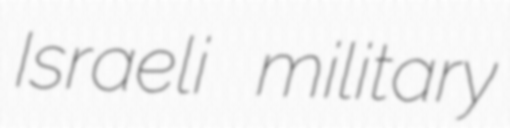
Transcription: Israeli military